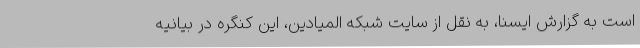
است به گزارش ایسنا، به نقل از سایت شبکه المیادین، این کنگره در بیانیه